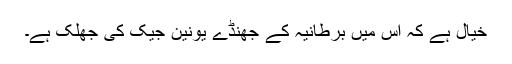
خیال ہے کہ اس میں برطانیہ کے جھنڈے یونین جیک کی جھلک ہے۔